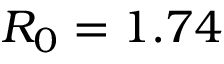
R _ { 0 } = 1 . 7 4